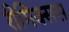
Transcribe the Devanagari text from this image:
रीमिक्सस